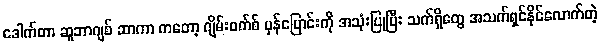
ဒေါက်တာ ဆူဘာဂျစ် ဆာကာ ကတော့ ဂျိမ်းဝက်စ် မှန်ပြောင်းကို အသုံးပြုပြီး သက်ရှိတွေ အသက်ရှင်နိုင်လောက်တဲ့